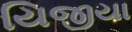
યિજીયા